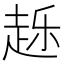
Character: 𰷴